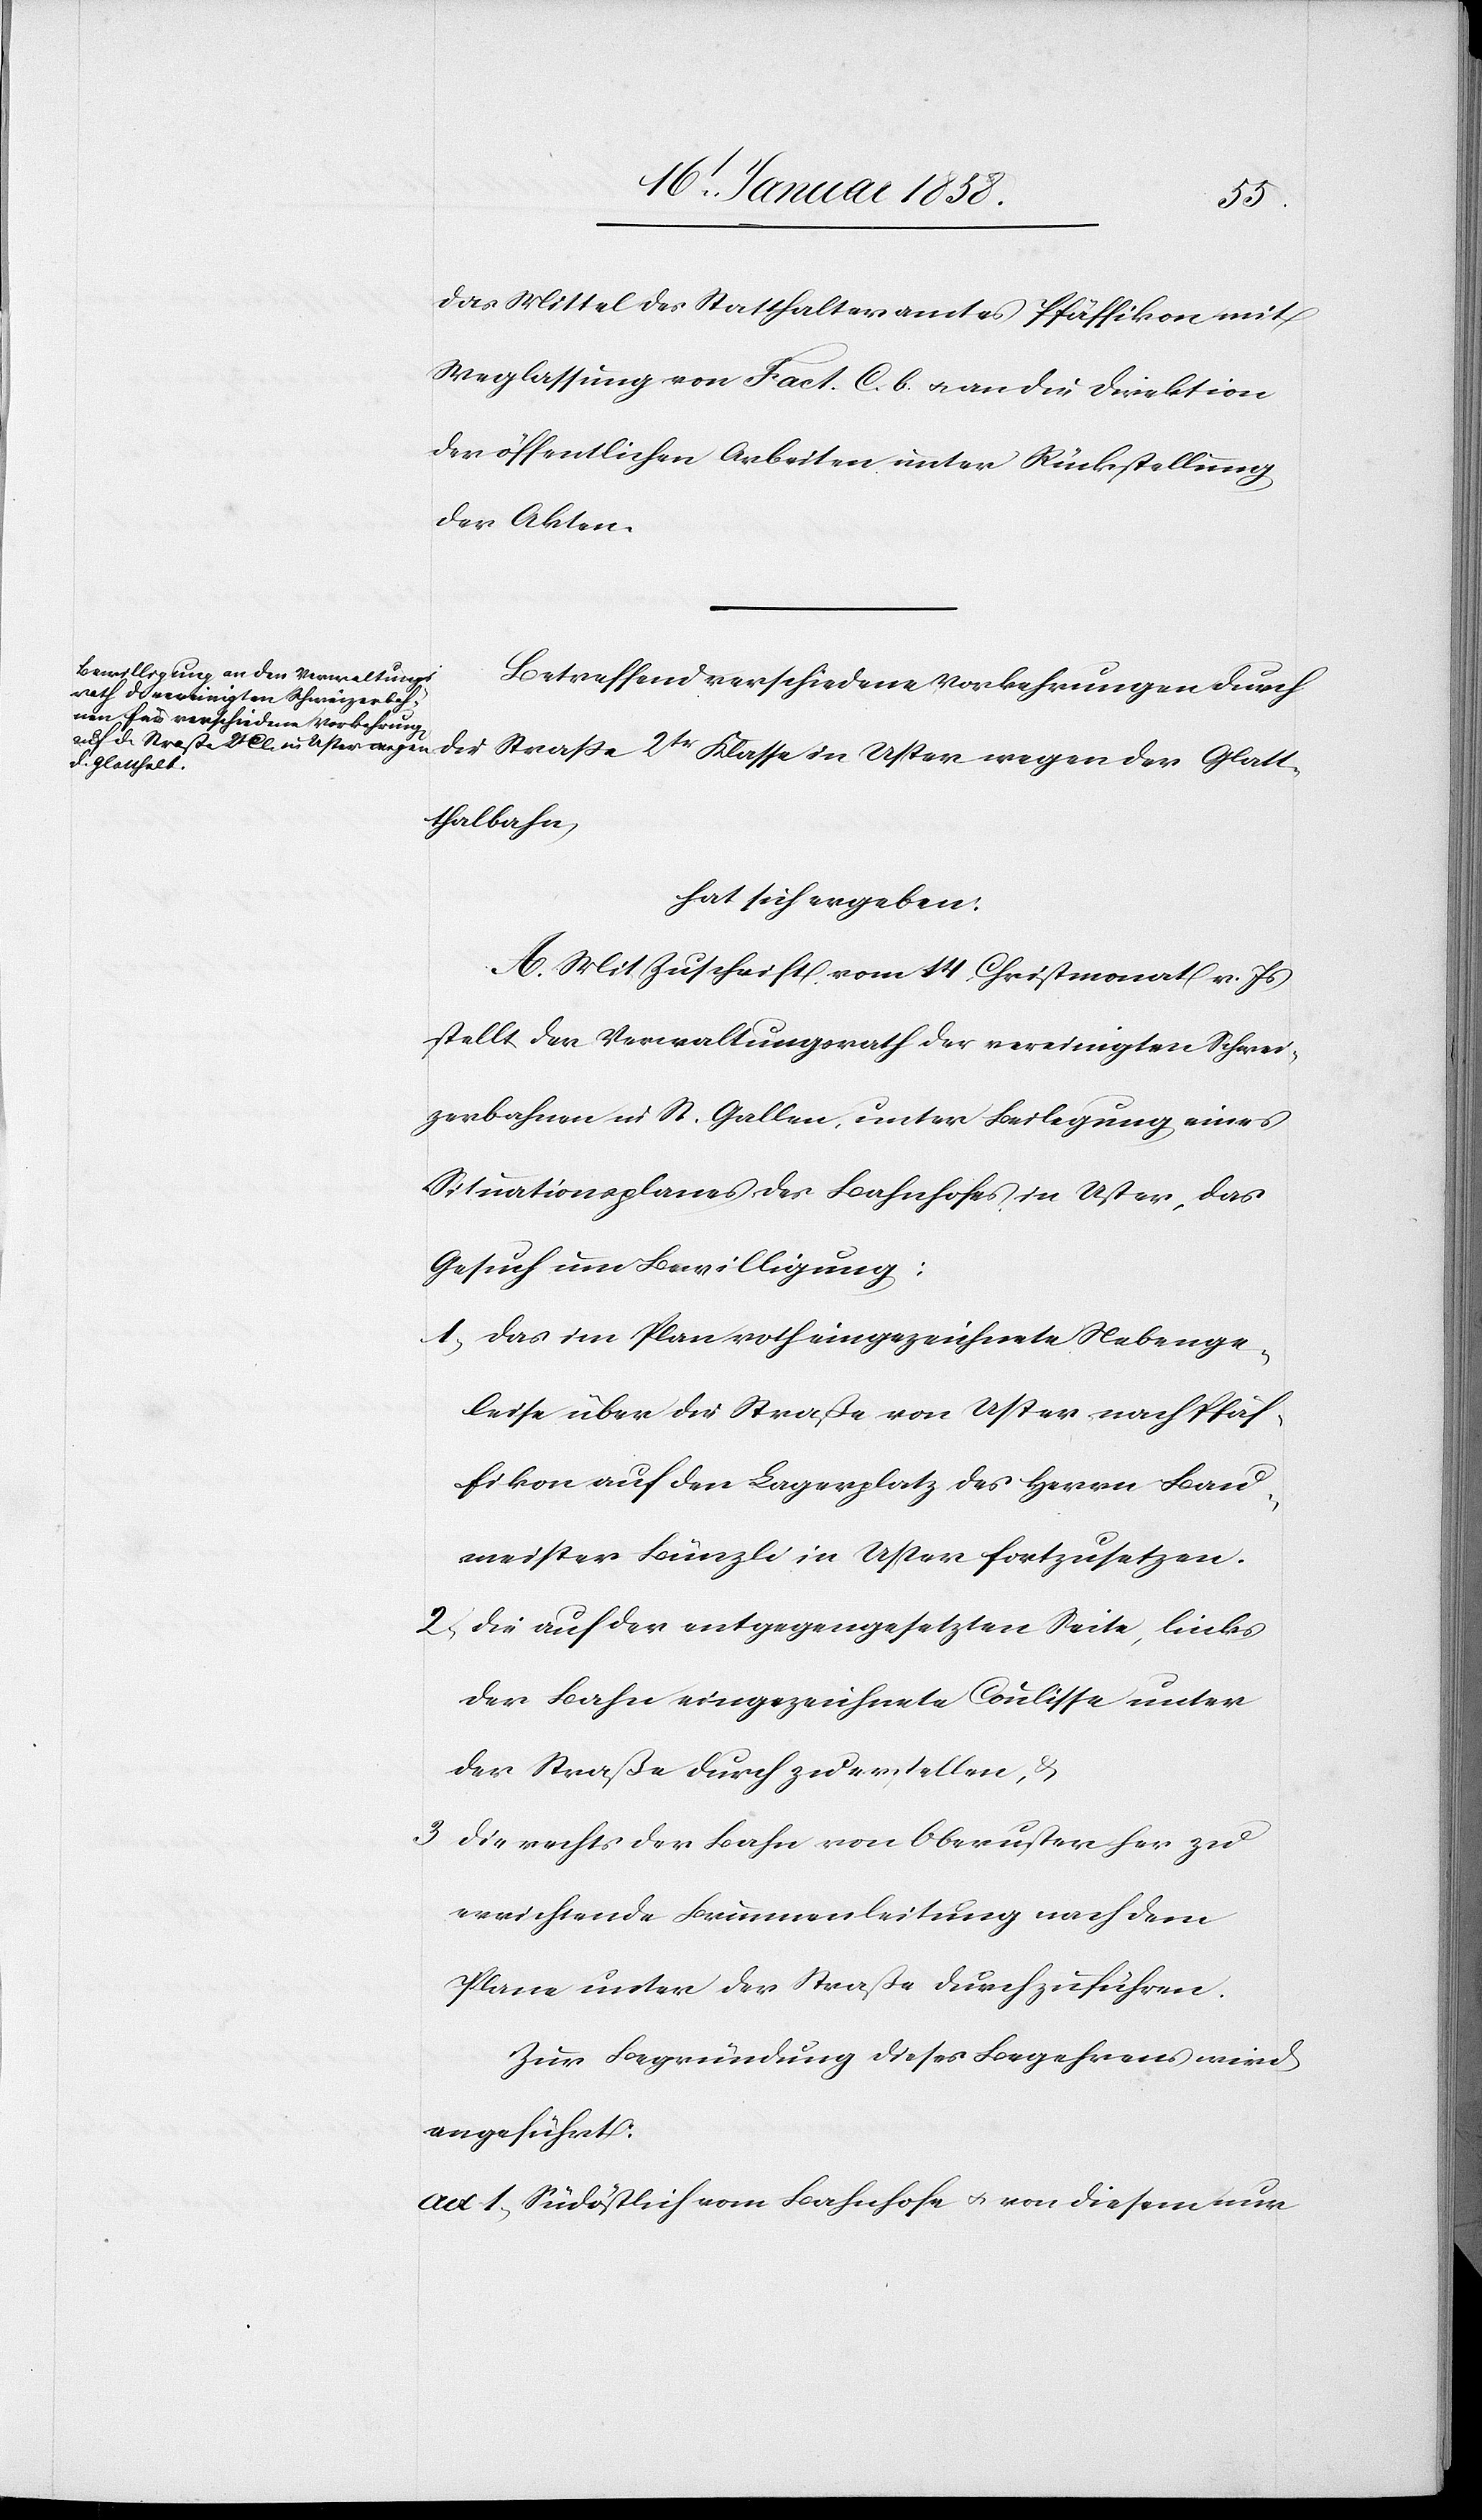
das Mittel des Statthalteramtes Pfäffikon mit
Weglassung von Fact. C. b. u. an die Direktion
der öffentlichen Arbeiten unter Rückstellung
der Akten.
Betreffend verschiedene Vorkehrungen durch
die Straße 2tr Klasse in Uster wegen der Glatt¬
thalbahn,
hat sich ergeben:
A. Mit Zuschrift vom 14. Christmonat v. Js
stellt der Verwaltungsrath der vereinigten Schwei¬
zerbahnen in St. Gallen, unter Beilegung eines
Situationsplanes des Bahnhofes in Uster, das
Gesuch um Bewilligung:
1. das im Plan roth eingezeichnete Nebenge¬
leise über die Straße von Uster nach Pfäf¬
fikon auf den Lagerplatz des Herrn Bau¬
meister Künzli in Uster fortzusetzen.
2. die auf der entgegengesetzten Seite, links
der Bahn eingezeichnete Coulisse unter
der Straße durch zu erstellen, &
3. die rechts der Bahn von Oberuster her zu
errichtende Brunnenleitung nach dem
Plane unter der Straße durchzuführen.
Zur Begründung dieses Begehrens wird
angeführt:
ad 1. Südöstlich vom Bahnhofe u. von diesem nur